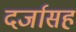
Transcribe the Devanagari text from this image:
दर्जासह